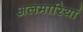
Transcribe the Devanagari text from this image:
अलमारियां